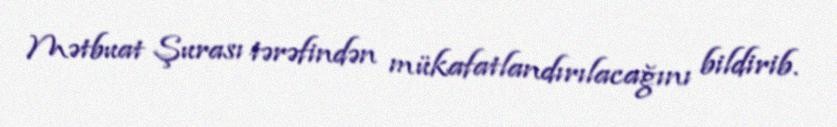
Mətbuat Şurası tərəfindən mükafatlandırılacağını bildirib.